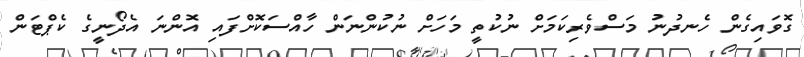
ގޮވައިގެން ހެނދުނު މަސްވެރިކަމަށް ނުކުތީ މަހަށް ނުކުންނަން ހާއްސަކޮށްފައި އޮންނަ އެދޯނީގެ ކެޕްޓަން